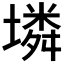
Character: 𡑝